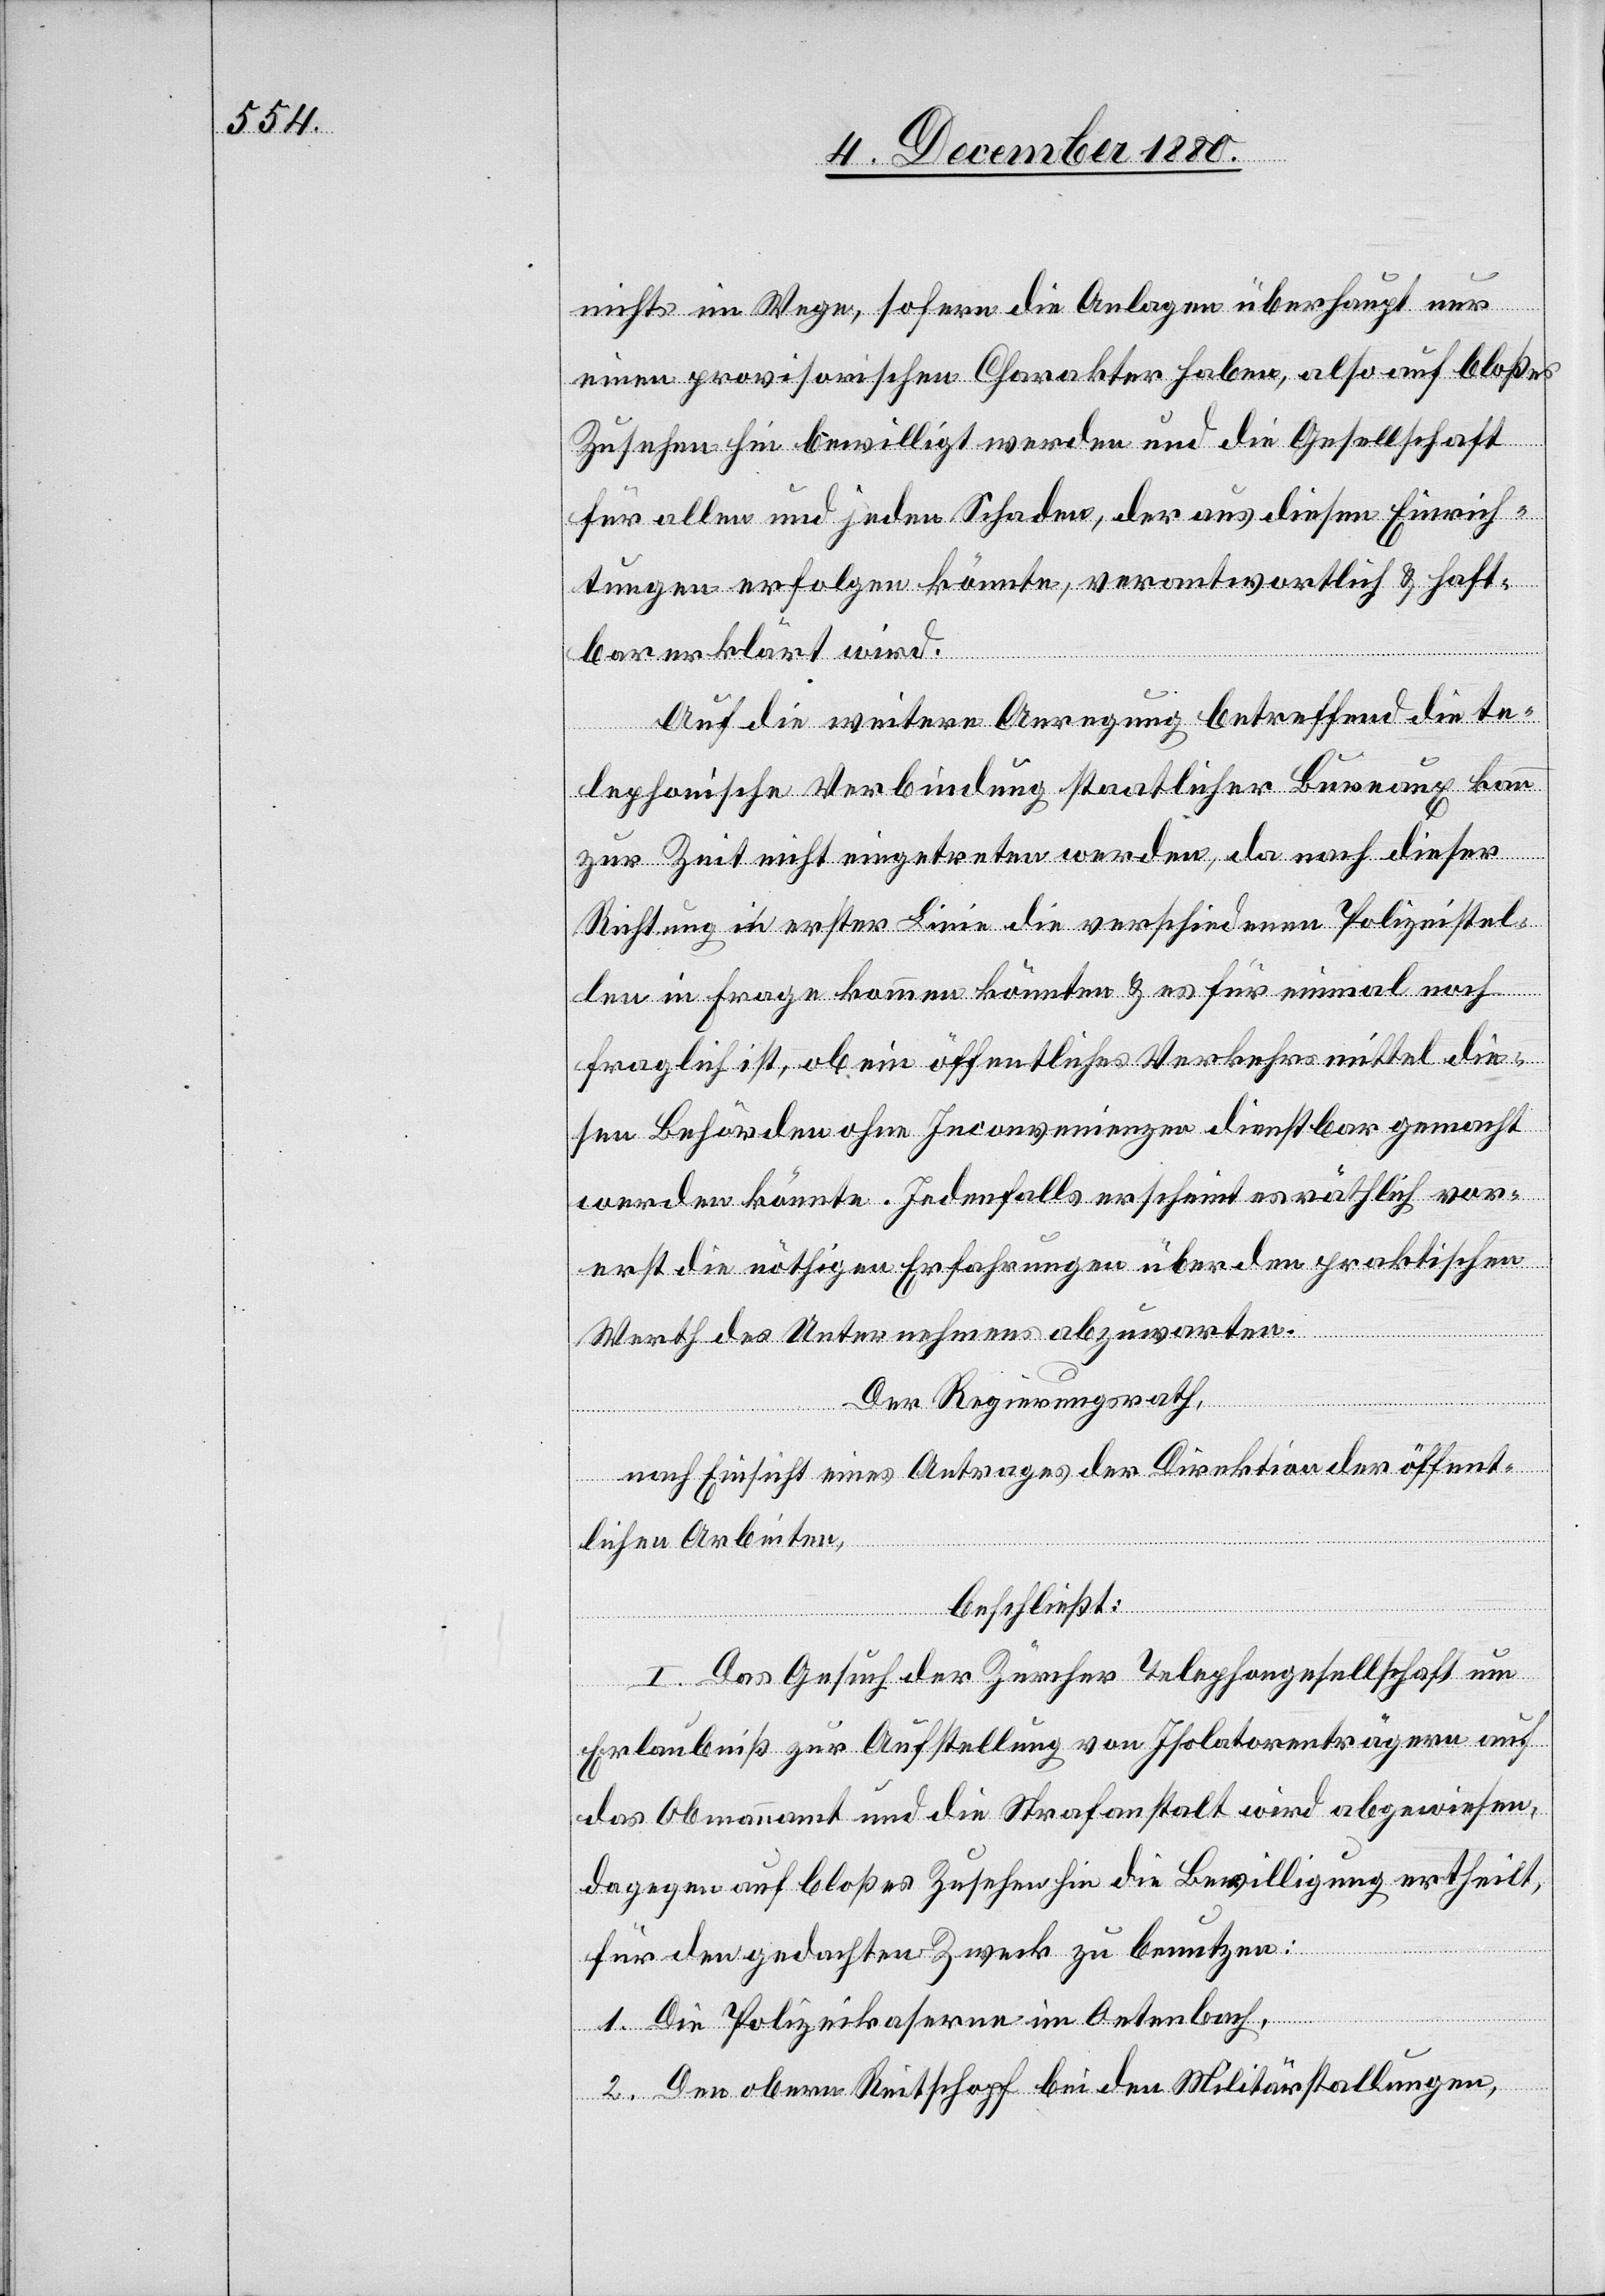
nichts im Wege, sofern die Anlagen überhaupt nur
einen provisorischen Charakter haben, also auf bloßes
Zusehen hin bewilligt werden und die Gesellschaft
für allen und jeden Schaden, der aus diesen Einrich¬
tungen erfolgen könnte, verantwortlich & haft¬
bar erklärt wird.
Auf die weitere Anregung betreffend die te¬
lephonische Verbindung staatlicher Bureaux kann
zur Zeit nicht eingetreten werden, da nach dieser
Richtung in erster Linie die verschiedenen Polizeistel¬
len in Frage kommen könnten & es für einmal noch
fraglich ist, ob ein öffentliches Verkehrsmittel die¬
sen Behörden ohne Inconvenienzen dienstbar gemacht
werden könnte. Jedenfalls erscheint es räthlich vor¬
erst die nöthigen Erfahrungen über dem praktischen
Werth des Unternehmens abzuwarten.
Der Regierungsrath,
nach Einsicht eines Antrages der Direktion der öffent¬
lichen Arbeiten,
beschließt:
I. Das Gesuch der Zürcher Telephongesellschaft um
Erlaubniß zur Aufstellung von Isolatorenträgern auf
das Obmannamt und die Strafanstalt wird abgewiesen,
dagegen auf bloßes Zusehen die Bewilligung ertheilt,
für den gedachten Zweck zu benutzen:
1. Die Polizeikaserne im Oetenbach,
2. Den obern Reitschopf bei den Militärstallungen,